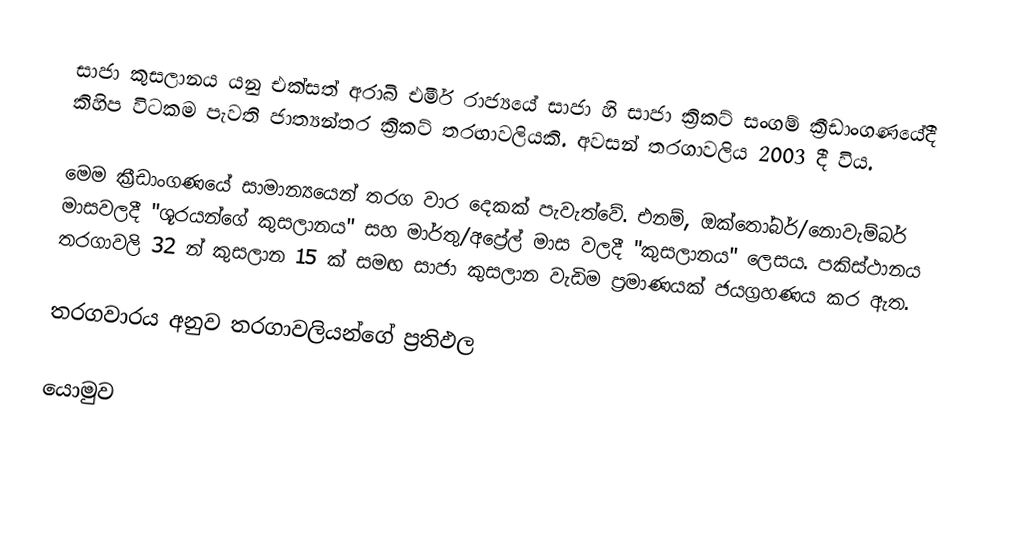
සාජා කුසලානය යනු එක්සත් අරාබි එමීර් රාජ්‍යයේ සාජා හි සාජා ක්‍රිකට් සංගම් ක්‍රීඩාංගණයේදී කිහිප විටකම පැවති ජාත්‍යන්තර ක්‍රිකට් තරඟාවලියකි. අවසන් තරගාවලිය 2003 දී විය.

මෙම ක්‍රීඩාංගණයේ සාමාන්‍යයෙන් තරග වාර දෙකක් පැවැත්වේ. එනම්, ඔක්තෝබර්/නොවැම්බර් මාසවලදී "ශූරයන්ගේ කුසලානය" සහ මාර්තු/අප්‍රේල් මාස වලදී "කුසලානය" ලෙසය. පකිස්ථානය තරගාවලි 32 න් කුසලාන 15 ක් සමඟ සාජා කුසලාන වැඩිම ප්‍රමාණයක් ජයග්‍රහණය කර ඇත.

තරගවාරය අනුව තරගාවලියන්ගේ ප්‍රතිඵල

යොමුව